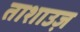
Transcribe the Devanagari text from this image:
ताशाउज़